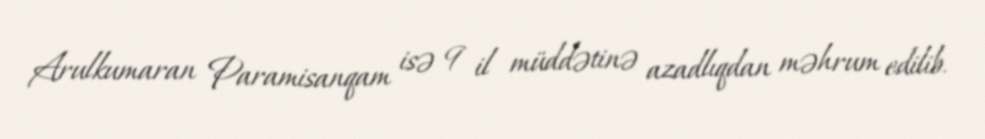
Arulkumaran Paramisanqam isə 9 il müddətinə azadlıqdan məhrum edilib.